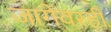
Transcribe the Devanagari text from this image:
जागेवरही